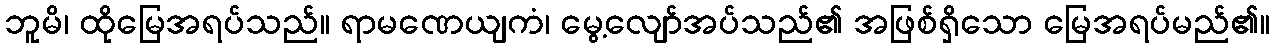
ဘူမိ၊ ထိုမြေအရပ်သည်။ ရာမဏေယျကံ၊ မွေ့လျော်အပ်သည်၏ အဖြစ်ရှိသော မြေအရပ်မည်၏။